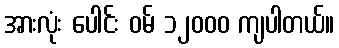
အားလုံး ပေါင်း ဝမ် ၁၂၀၀၀ ကျပါတယ်။